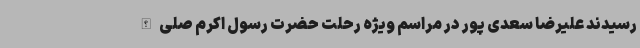
رسیدند علیرضا سعدی پور در مراسم ویژه رحلت حضرت رسول اکرم صلی الله